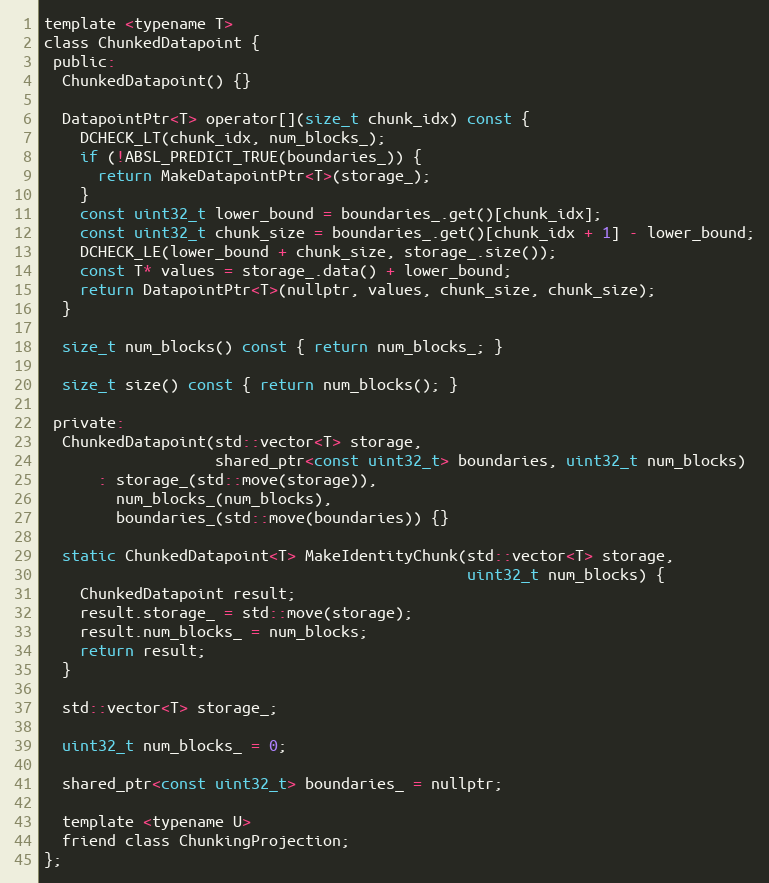
Language: C
template <typename T>
class ChunkedDatapoint {
 public:
  ChunkedDatapoint() {}

  DatapointPtr<T> operator[](size_t chunk_idx) const {
    DCHECK_LT(chunk_idx, num_blocks_);
    if (!ABSL_PREDICT_TRUE(boundaries_)) {
      return MakeDatapointPtr<T>(storage_);
    }
    const uint32_t lower_bound = boundaries_.get()[chunk_idx];
    const uint32_t chunk_size = boundaries_.get()[chunk_idx + 1] - lower_bound;
    DCHECK_LE(lower_bound + chunk_size, storage_.size());
    const T* values = storage_.data() + lower_bound;
    return DatapointPtr<T>(nullptr, values, chunk_size, chunk_size);
  }

  size_t num_blocks() const { return num_blocks_; }

  size_t size() const { return num_blocks(); }

 private:
  ChunkedDatapoint(std::vector<T> storage,
                   shared_ptr<const uint32_t> boundaries, uint32_t num_blocks)
      : storage_(std::move(storage)),
        num_blocks_(num_blocks),
        boundaries_(std::move(boundaries)) {}

  static ChunkedDatapoint<T> MakeIdentityChunk(std::vector<T> storage,
                                               uint32_t num_blocks) {
    ChunkedDatapoint result;
    result.storage_ = std::move(storage);
    result.num_blocks_ = num_blocks;
    return result;
  }

  std::vector<T> storage_;

  uint32_t num_blocks_ = 0;

  shared_ptr<const uint32_t> boundaries_ = nullptr;

  template <typename U>
  friend class ChunkingProjection;
};